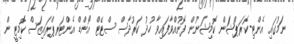
ނަމުގައި އެންޓި-ކޮރަޕްޝަން ކޮމިޝަނުން ފޮނުއްވާފައިވާ ހުދު ކަރުދާސް ސްޓޭޓް އޯންޑް އެންޓަރޕްރައިޒަސް ކޮމިޓީން